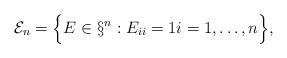
LaTeX: \begin{align*}\mathcal{E}_n = \Big\{ E \in \S^n: E_{ii} = 1 i =1, \ldots, n\Big\},\end{align*}